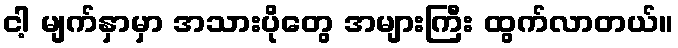
ငါ့ မျက်နှာမှာ အသားပိုတွေ အများကြီး ထွက်လာတယ်။